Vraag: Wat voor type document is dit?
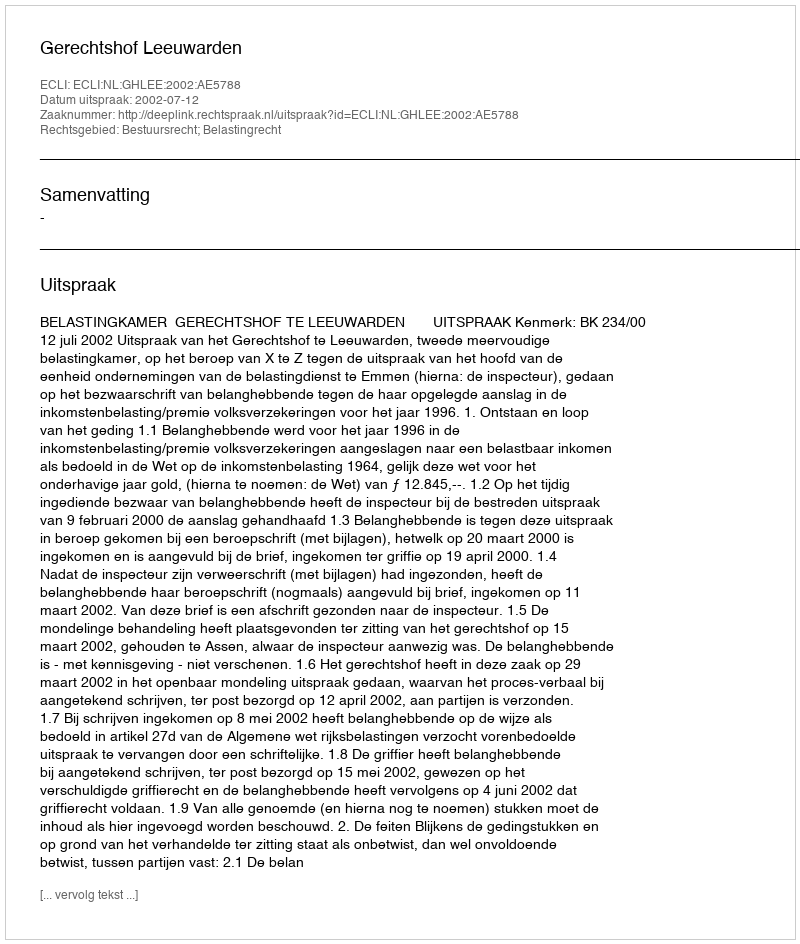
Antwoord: Uitspraak